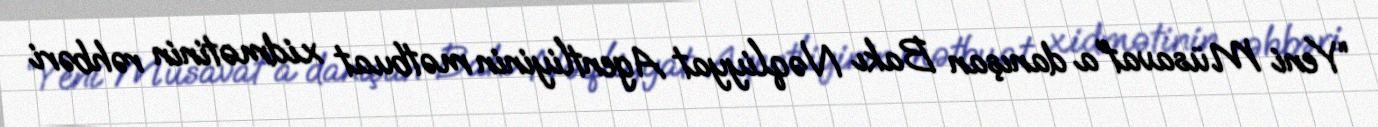
“Yeni Müsavat”a danışan Bakı Nəqliyyat Agentliyinin mətbuat xidmətinin rəhbəri